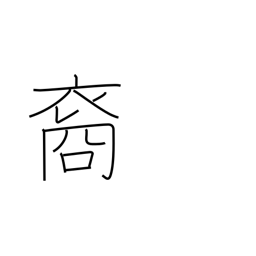
Meaning: descendant